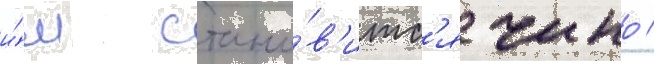
и́м стано́в'итс'я чино /